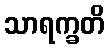
သာရက္ခတိ